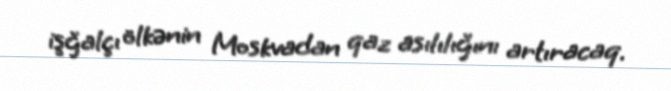
işğalçı ölkənin Moskvadan qaz asılılığını artıracaq.